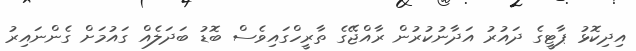
އިދިކޮޅު ޕާޓީގެ ދައުރު އަދާނުކުރުން ރާއްޖޭގެ ތާރީހްގައިވެސް ބޮޑު ބަދަލެއް ގައުމަށް ގެންނައިރު